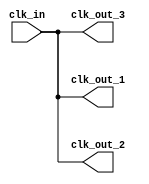
module clock_buffer (
    input wire clk_in,         // Single-ended clock input
    output wire clk_out_1,    // First output clock
    output wire clk_out_2,    // Second output clock
    output wire clk_out_3     // Third output clock (can be extended for more outputs)
);

// Internal signal to enhance drive strength
wire clk_buffered;

// Buffering implementation
assign clk_buffered = clk_in; // Simple assignment, can be replaced with a more complex buffering logic

// Output assignments
assign clk_out_1 = clk_buffered; // Distributing the buffered clock to multiple outputs
assign clk_out_2 = clk_buffered;
assign clk_out_3 = clk_buffered;

// Optional: Add additional outputs as needed

endmodule